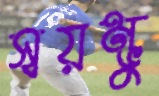
স্বয়ম্ভু